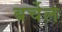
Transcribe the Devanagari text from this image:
बर्चेल